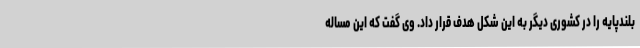
بلندپایه را در کشوری دیگر به این شکل هدف قرار داد. وی گفت که این مساله